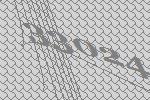
33024